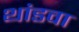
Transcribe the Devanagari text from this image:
थांडवा